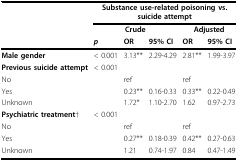
<table><thead><tr><td></td><td colspan="5"><b>Substance use-related poisoning vs. suicide attempt</b></td></tr><tr><td></td><td colspan="3"><b>Crude</b></td><td colspan="2"><b>Adjusted</b></td></tr><tr><td></td><td><b><i>p</i></b></td><td><b>OR</b></td><td><b>95% CI</b></td><td><b>OR</b></td><td><b>95% CI</b></td></tr></thead><tbody><tr><td><b>Male gender</b></td><td>&lt; 0.001</td><td>3.13**</td><td>2.29-4.29</td><td>2.81**</td><td>1.99-3.97</td></tr><tr><td><b>Previous suicide attempt</b></td><td>&lt; 0.001</td><td></td><td></td><td></td><td></td></tr><tr><td>No</td><td></td><td>ref</td><td></td><td>ref</td><td></td></tr><tr><td>Yes</td><td></td><td>0.23**</td><td>0.16-0.33</td><td>0.33**</td><td>0.22-0.49</td></tr><tr><td>Unknown</td><td></td><td>1.72*</td><td>1.10-2.70</td><td>1.62</td><td>0.97-2.73</td></tr><tr><td><b>Psychiatric treatment</b>†</td><td>&lt; 0.001</td><td></td><td></td><td></td><td></td></tr><tr><td>No</td><td></td><td>ref</td><td></td><td>ref</td><td></td></tr><tr><td>Yes</td><td></td><td>0.27**</td><td>0.18-0.39</td><td>0.42**</td><td>0.27-0.63</td></tr><tr><td>Unknown</td><td></td><td>1.21</td><td>0.74-1.97</td><td>0.84</td><td>0.47-1.49</td></tr></tbody></table>